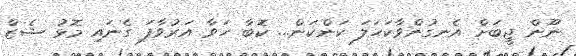
ނޫން ޖީބަށް އެނގުންވާކަހަލަ ކަންކަން... ކޮބާ ހަވާ އަރުވާފަ ގެނައި މޮޅު ޝެޒް